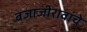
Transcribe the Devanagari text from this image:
बजाजीरावांचे